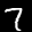
Label: 7